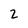
Character: 2